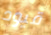
قيود